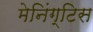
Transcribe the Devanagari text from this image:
मेनिंग्टिस